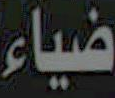
ضياء